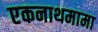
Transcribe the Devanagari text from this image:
एकनाथमामा